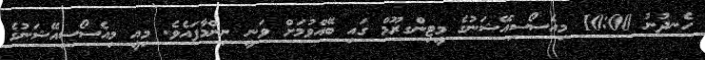
ހެނދުނު 10:00 މިއެސޯސިއޭޝަނުގެ މީޓިންގރޫމް ގައި ބޭއްވުމަށް ވަނީ ނިންމާފައެވެ. މިއީ މިއެސޯސިއޭޝަނުގެ